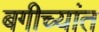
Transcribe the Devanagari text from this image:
बगीच्यांत